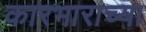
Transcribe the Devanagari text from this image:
कारभाराच्या